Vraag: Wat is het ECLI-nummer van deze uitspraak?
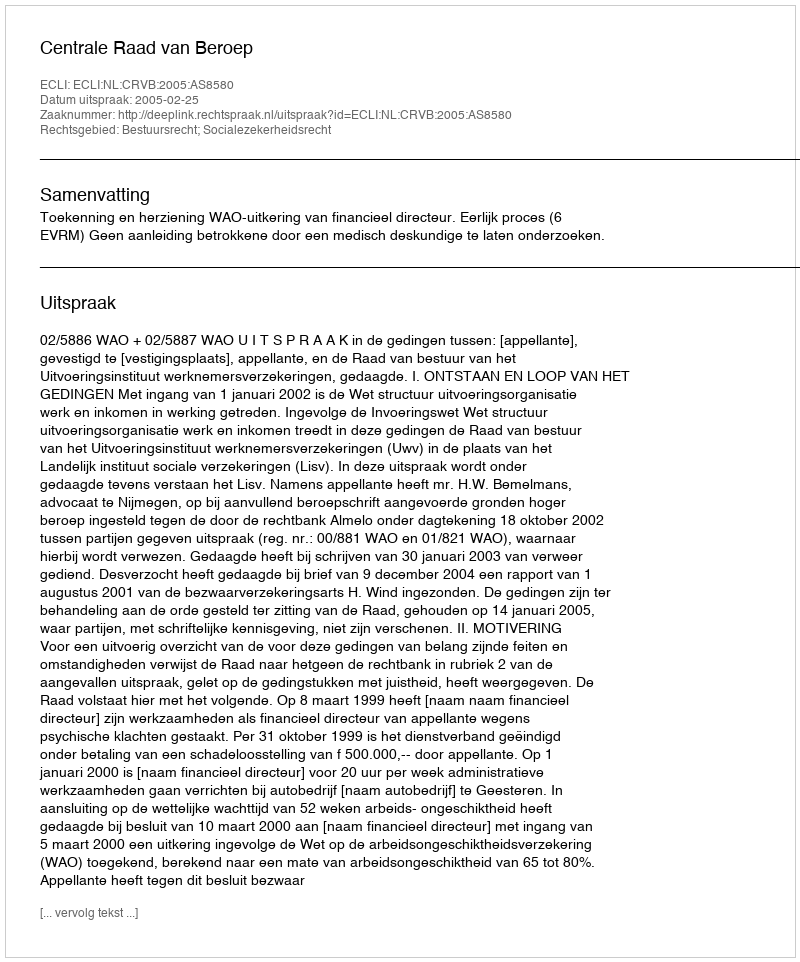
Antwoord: ECLI:NL:CRVB:2005:AS8580